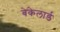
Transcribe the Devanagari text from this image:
बेकेलार्ड